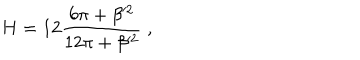
H = 1 2 \frac { 6 \pi + \beta ^ { 2 } } { 1 2 \pi + \beta ^ { 2 } } \ ,